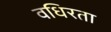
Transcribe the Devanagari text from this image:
वधिरता